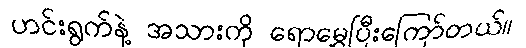
ဟင်းရွက်နဲ့ အသားကို ရောမွှေပြီးကြော်တယ်။